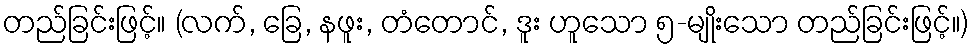
တည်ခြင်းဖြင့်။ (လက်, ခြေ, နဖူး, တံတောင်, ဒူး ဟူသော ၅-မျိုးသော တည်ခြင်းဖြင့်။)